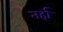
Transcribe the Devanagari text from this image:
तर्हा